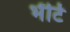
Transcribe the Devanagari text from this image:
भेंटि